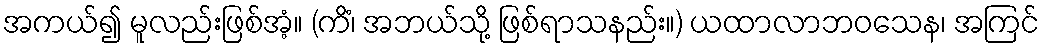
အကယ်၍ မူလည်းဖြစ်အံ့။ (ကိံ၊ အဘယ်သို့ ဖြစ်ရာသနည်း။) ယထာလာဘဝသေန၊ အကြင်